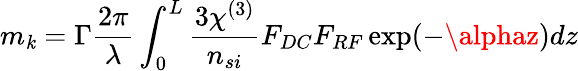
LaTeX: m_{\mathit{k}}=\Gamma\frac{{2\pi}}{{\lambda}}\int_{0}^{L}\frac{{3\chi^{(3)}}}{{n_{si}}}F_{DC}F_{RF}\exp(-\alphaz)dz